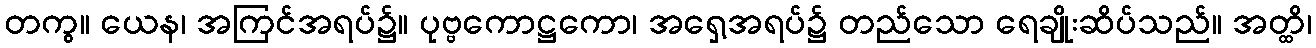
တကွ။ ယေန၊ အကြင်အရပ်၌။ ပုဗ္ဗကောဋ္ဌကော၊ အရှေ့အရပ်၌ တည်သော ရေချိုးဆိပ်သည်။ အတ္ထိ၊